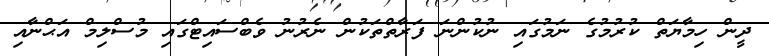
ދީން ހިމާޔަތް ކުރުމުގެ ނަމުގައި ނުކުންނަ ފަރާތްތަކުން ނެރުނު ވެބްސައިޓްގައި މުސްލިމް އަޙްނާއި